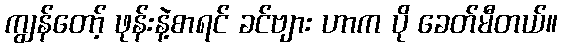
ကျွန်တော့် ဖုန်းနဲ့စာရင် ခင်ဗျား ဟာက ပို ခေတ်မီတယ်။